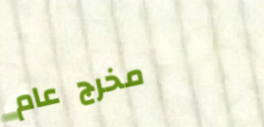
مخرج عام